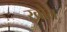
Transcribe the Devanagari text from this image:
ख्रौत